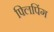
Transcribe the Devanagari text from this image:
फ्लिपिंग